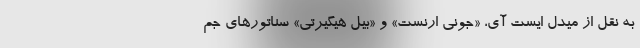
به نقل از میدل ایست آی، «جونی ارنست» و «بیل هیگیرتی» سناتورهای جم